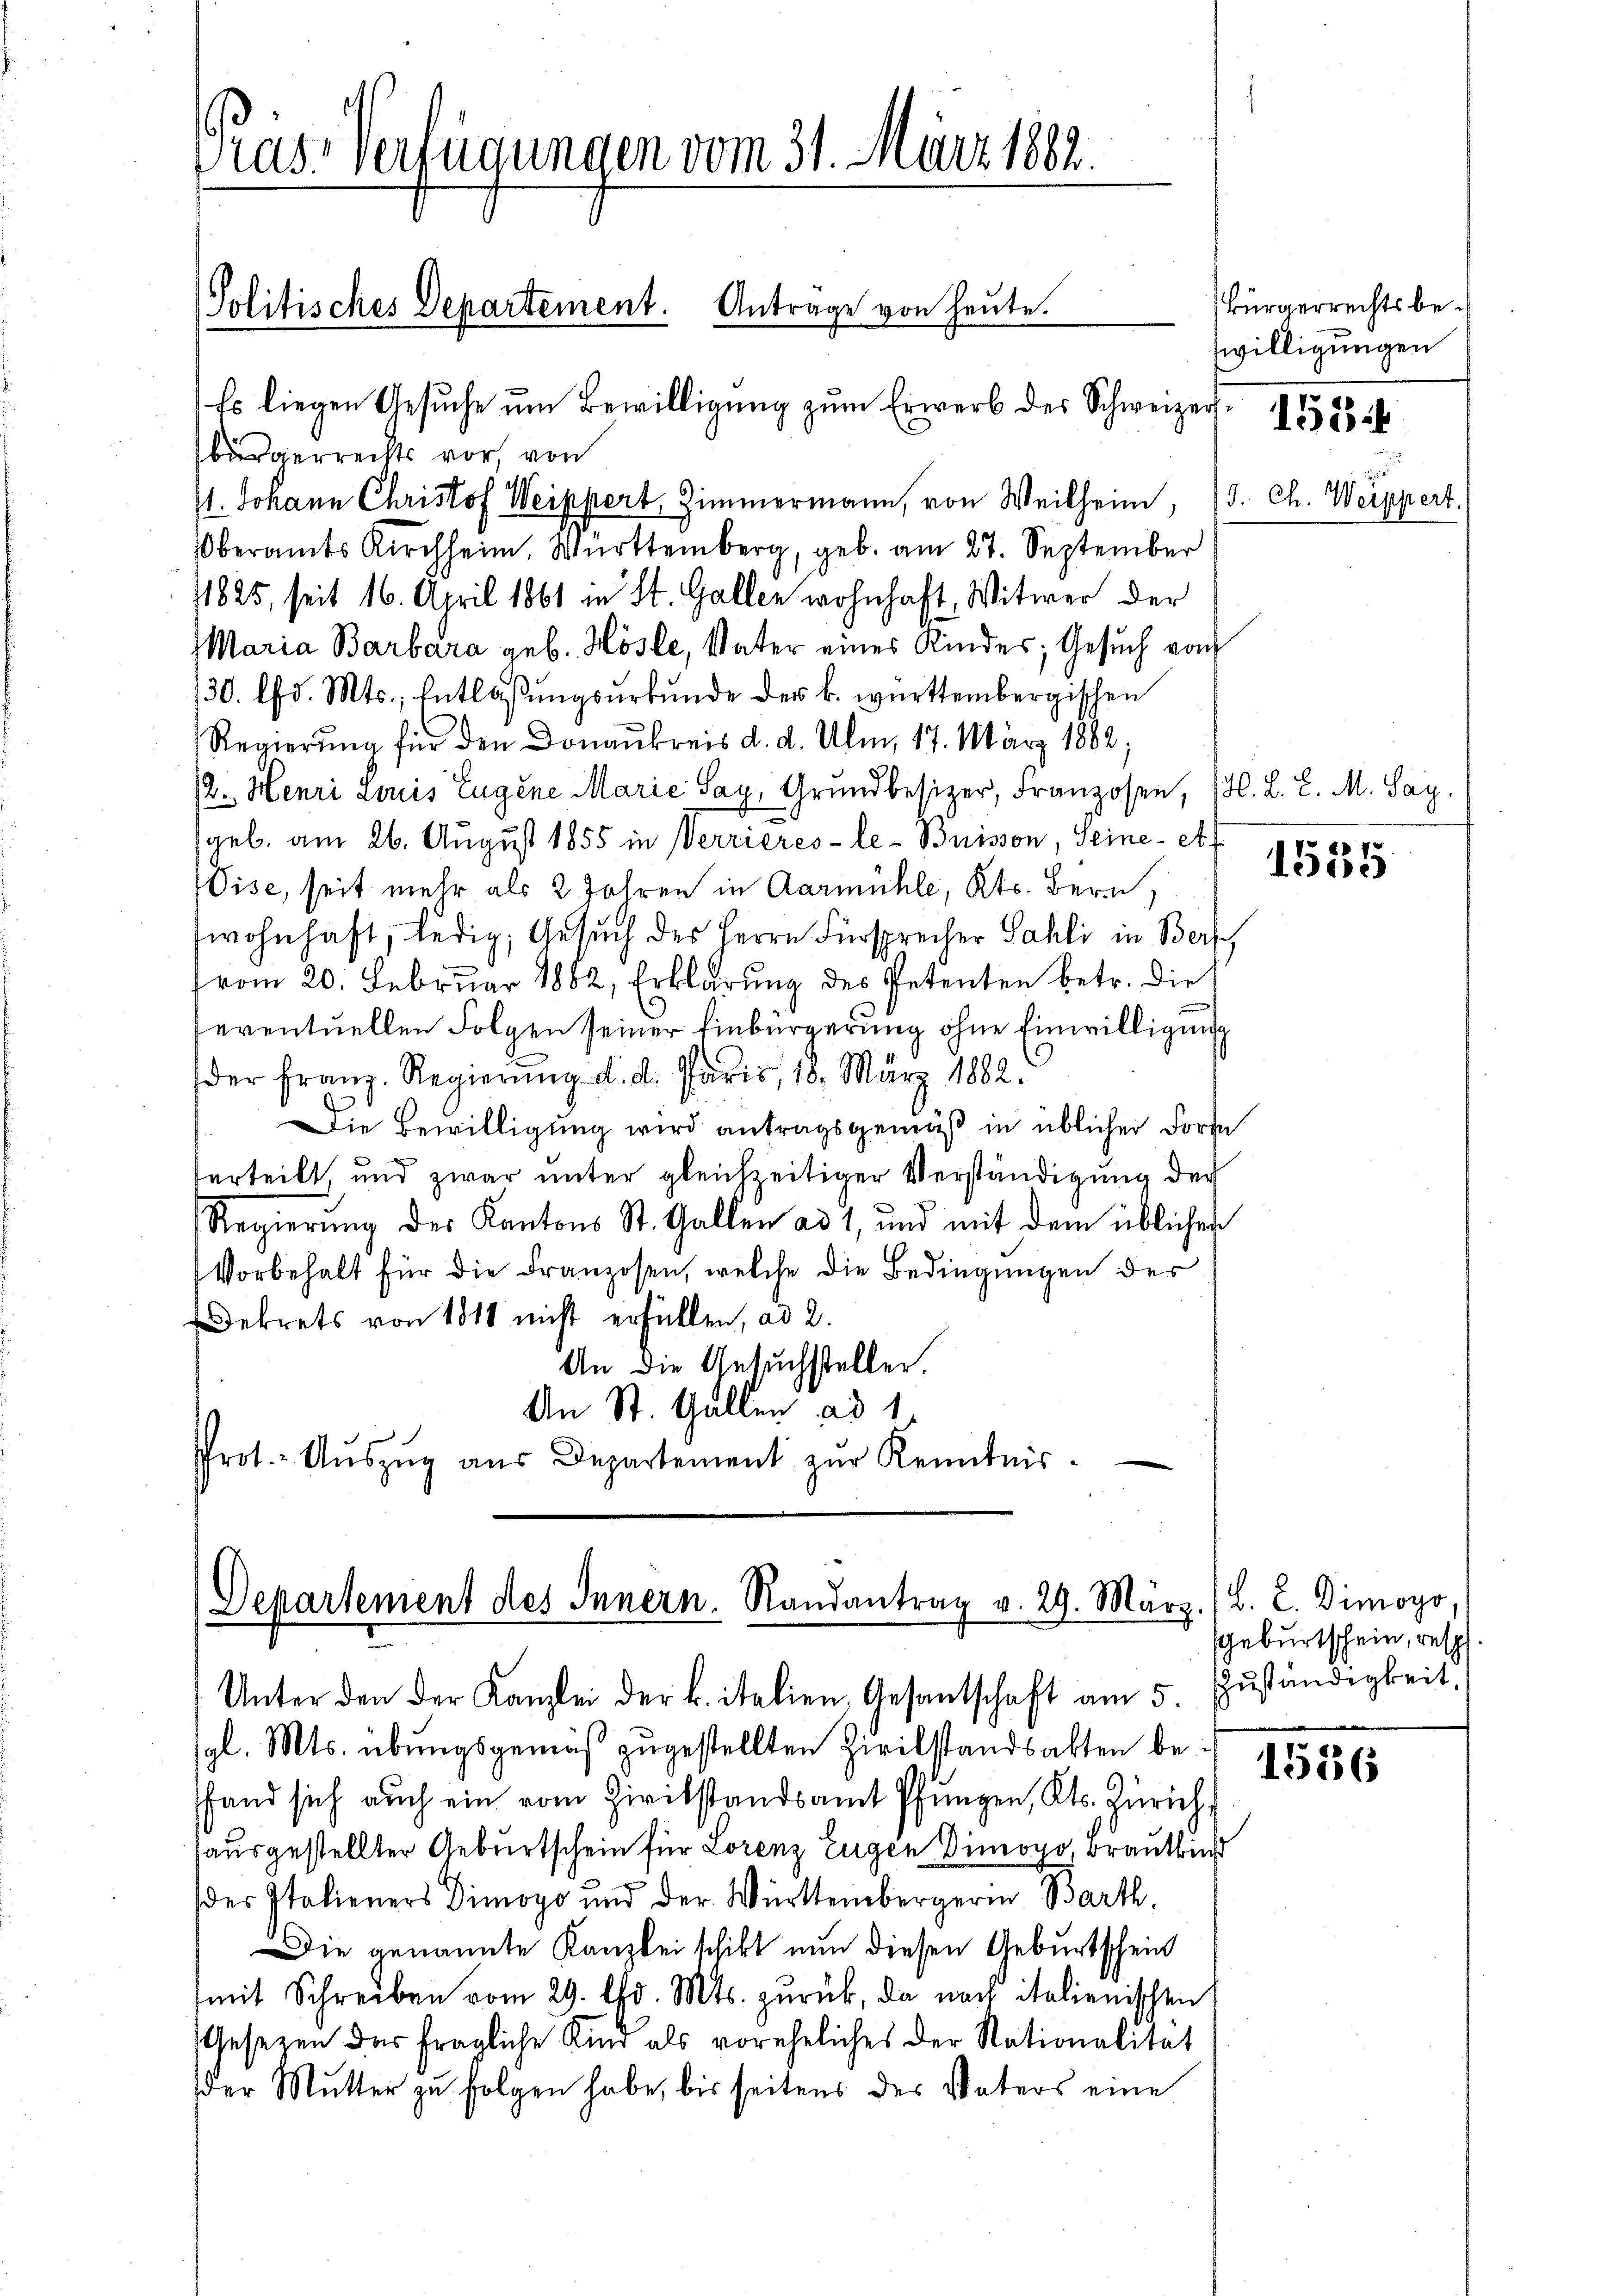
11. Johann Christof Weippert Zimmermann, von Weilheim, 15. Ch. Weippert.
Oberamts Kirchheim, Württemberg, geb. am 27. September
11825, seit 16. April 1861 in St. Gallen wohnhaft, Witwer der
Maria Barbara geb. Hösle, Vater eines Kindes; Gesuch von
30. lfd. Mts., Entlaßungsurkunde der k. württembergischen
Regierŭng für den Donaukreis d. d. Ulm, 17. März 1882;
12. Henri Louis Eugene Marie Sag, Grundbesizer, Franzosen, H. L. L. M. Sag.
geb. am 26. August 1855 in Verrieres-le-Buisson, Seine et¬
Wise, seit mehr als 2 Jahren in Aarmühle, Kts. Bern.
wohnhaft, ledig, Gesuch des Herrn Fürsprecher Sahli in Ber
(vom 20. Februar 1882, Erklärung des Petenten betr. die
seventuellen Folgen seiner Einbürgerung ohne Einwilligung
der Franz. Regierŭng d. d. Paris, 18. März 1882.
Die Bewilligung wird antragsgemäß in üblicher Forme
verteilt, und zwar unter gleichzeitiger Verständigung der
Regierung der Kantons St. Gallen ad 1, und mit dem üblicher
Vorbehalt für die Franzosen, welche die Bedingungen der
Dekrets von 1818 nicht erfüllen, ad 2.
An die Gesuchstellen.
An St. Gallen ad 1
Prot.- Aŭszŭg aŭs Departement zŭr Kenntnis-

Pras Verfügungen vom 31. März 1882.

Politisches Departement. Antrage von heute.
Es liegen Gesŭche ŭm Bewilligŭng zŭm Erwerb des Schweizer. 1883 i

bürgerrechts vor, von

Departement des Innern, Randantrag v. 29. März (L. L. Dimogo,
Unter den der Kanzlei der k. italien Gesantschaft am 5. Zŭständigkeit.

sgl. Mts. übungsgemäß zugestellten Zivilstandsakten befand sich auch ein vom Zivilstandsamt Pfungen, Kts. Zürich,
ausgestellter Geburtschein für Lorenz Eugen Dimopo, Brautkind
der Italieners Dimogo und der Württembergerin Barth,
Die genannte Kanzlei schikt nun diesen Geburtschein
mit Schreiben vom 29. d. Mts. zurück, da nach italienischen
Gesezen das fragliche Kind als voreheliches der Stationalität
der Mutter zu folgen habe, bis seitens des Vaters eine

Bürgerrechts bewilligungen

1535

geburtschein, resp

1536